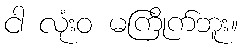
ငါ လုံးဝ မကြိုက်ဘူး။